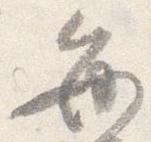
毎